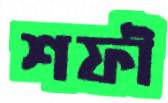
শফী